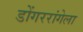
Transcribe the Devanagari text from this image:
डोंगररांगेला